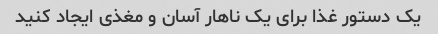
یک دستور غذا برای یک ناهار آسان و مغذی ایجاد کنید